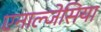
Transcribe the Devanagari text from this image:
एनाल्जेसिया